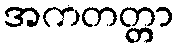
အကတတ္တာ